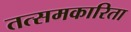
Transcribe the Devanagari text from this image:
तत्समकारिता